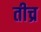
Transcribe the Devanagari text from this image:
तीच्र